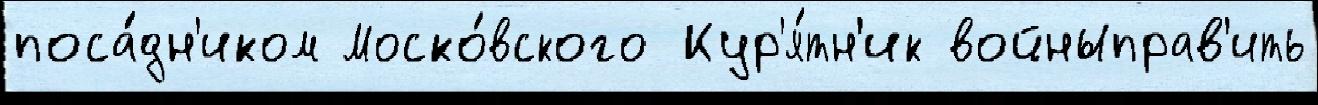
поса́дн'иком Моско́вского Кур'я́тн'ик войныправ'ить